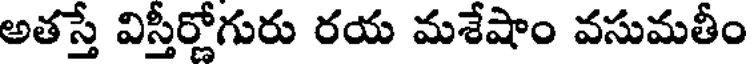
అతస్తే విస్తీర్ణోగురు రయ మశేషాం వసుమతీం